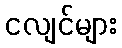
ငလျင်များ